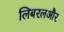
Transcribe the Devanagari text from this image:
लिबरलऔर